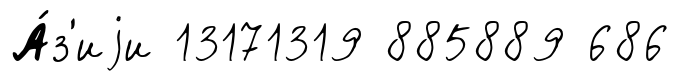
А́з'иjи 13171319 885889 686